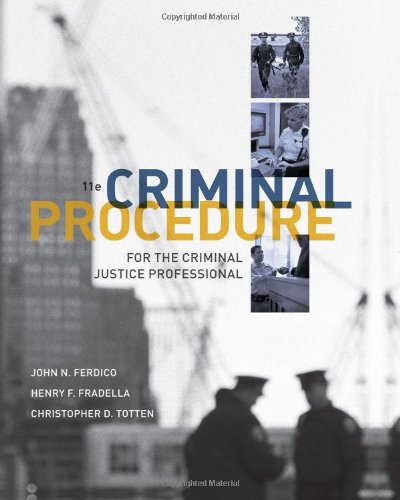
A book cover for Criminal Procedure for the Criminal Justice Professional; John N. Ferdico; Law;